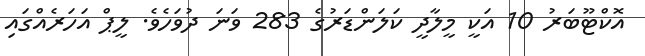
އޮކްޓޫބަރު 10 އަކީ މީލާދީ ކަލަންޑަރުގެ 283 ވަނަ ދުވަހެވެ. ލީޕް އަހަރެއްގައި